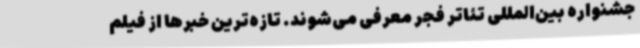
جشنواره بین‌المللی تئاتر فجر معرفی می‌شوند. تازه‌ترین خبرها از فیلم